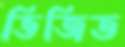
ভিজিত